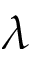
\lambda